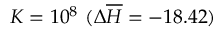
K = 1 0 ^ { 8 } ~ ( \Delta \overline { { H } } = - 1 8 . 4 2 )